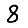
Digit: 8